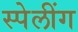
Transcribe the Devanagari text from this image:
स्पेलींग